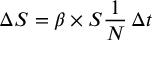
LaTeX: \Delta S = \beta \times S { \frac { 1 } { N } } \, \Delta t